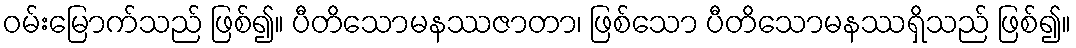
ဝမ်းမြောက်သည် ဖြစ်၍။ ပီတိသောမနဿဇာတာ၊ ဖြစ်သော ပီတိသောမနဿရှိသည် ဖြစ်၍။